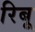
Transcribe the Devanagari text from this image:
रिबू